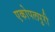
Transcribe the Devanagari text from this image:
एकोपलपुरी